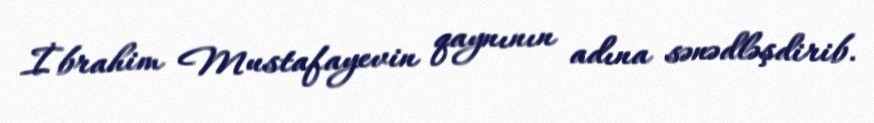
İbrahim Mustafayevin qaynının adına sənədləşdirib.